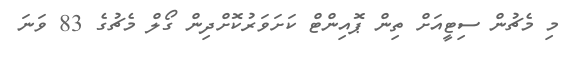
މި މެޗުން ސިޓީއަށް ތިން ޕޮއިންޓް ކަށަވަރުކޮށްދިން ގޯލް މެޗުގެ 83 ވަނަ